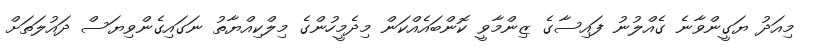
މިއަދު ޔަގީންވާނެ ގެއްލުނު ފައިސާގެ ޒިންމާވީ ކޮންބައެއްކަން މިދެމީހުންގެ މިލްކިއްޔާތު ނަގައިގެންވިޔަސް ދައުލަތަށް